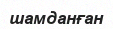
шамданған